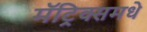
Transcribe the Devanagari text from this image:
मॅट्रिक्समधे